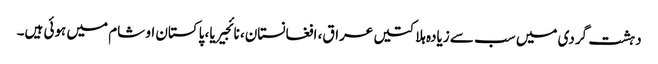
دہشت گردی میں سب سے زیادہ ہلاکتیں عراق، افغانستان، نائجیریا، پاکستان او شام میں ہوئی ہیں۔